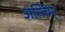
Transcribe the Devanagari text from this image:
अन्तिम्